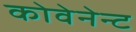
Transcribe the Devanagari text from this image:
कोवेनेन्ट